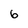
Character: 6